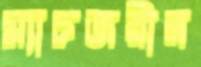
ম্যাচজয়ীর